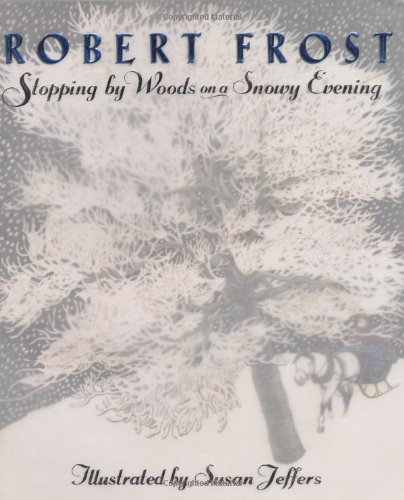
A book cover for Stopping by Woods on a Snowy Evening; Robert Frost; Literature & Fiction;